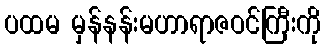
ပထမ မှန်နန်းမဟာရာဇဝင်ကြီးကို